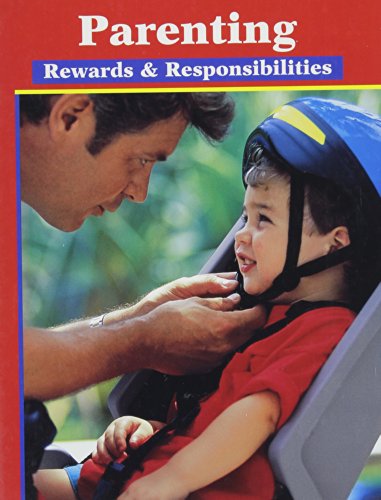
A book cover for Parenting: Rewards and Responsibilities; Glencoe; Teen & Young Adult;